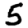
Digit: 5